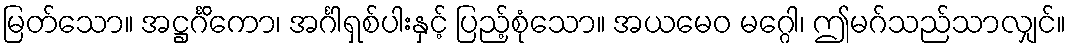
မြတ်သော။ အဋ္ဌင်္ဂိကော၊ အင်္ဂါရှစ်ပါးနှင့် ပြည့်စုံသော။ အယမေဝ မဂ္ဂေါ၊ ဤမဂ်သည်သာလျှင်။